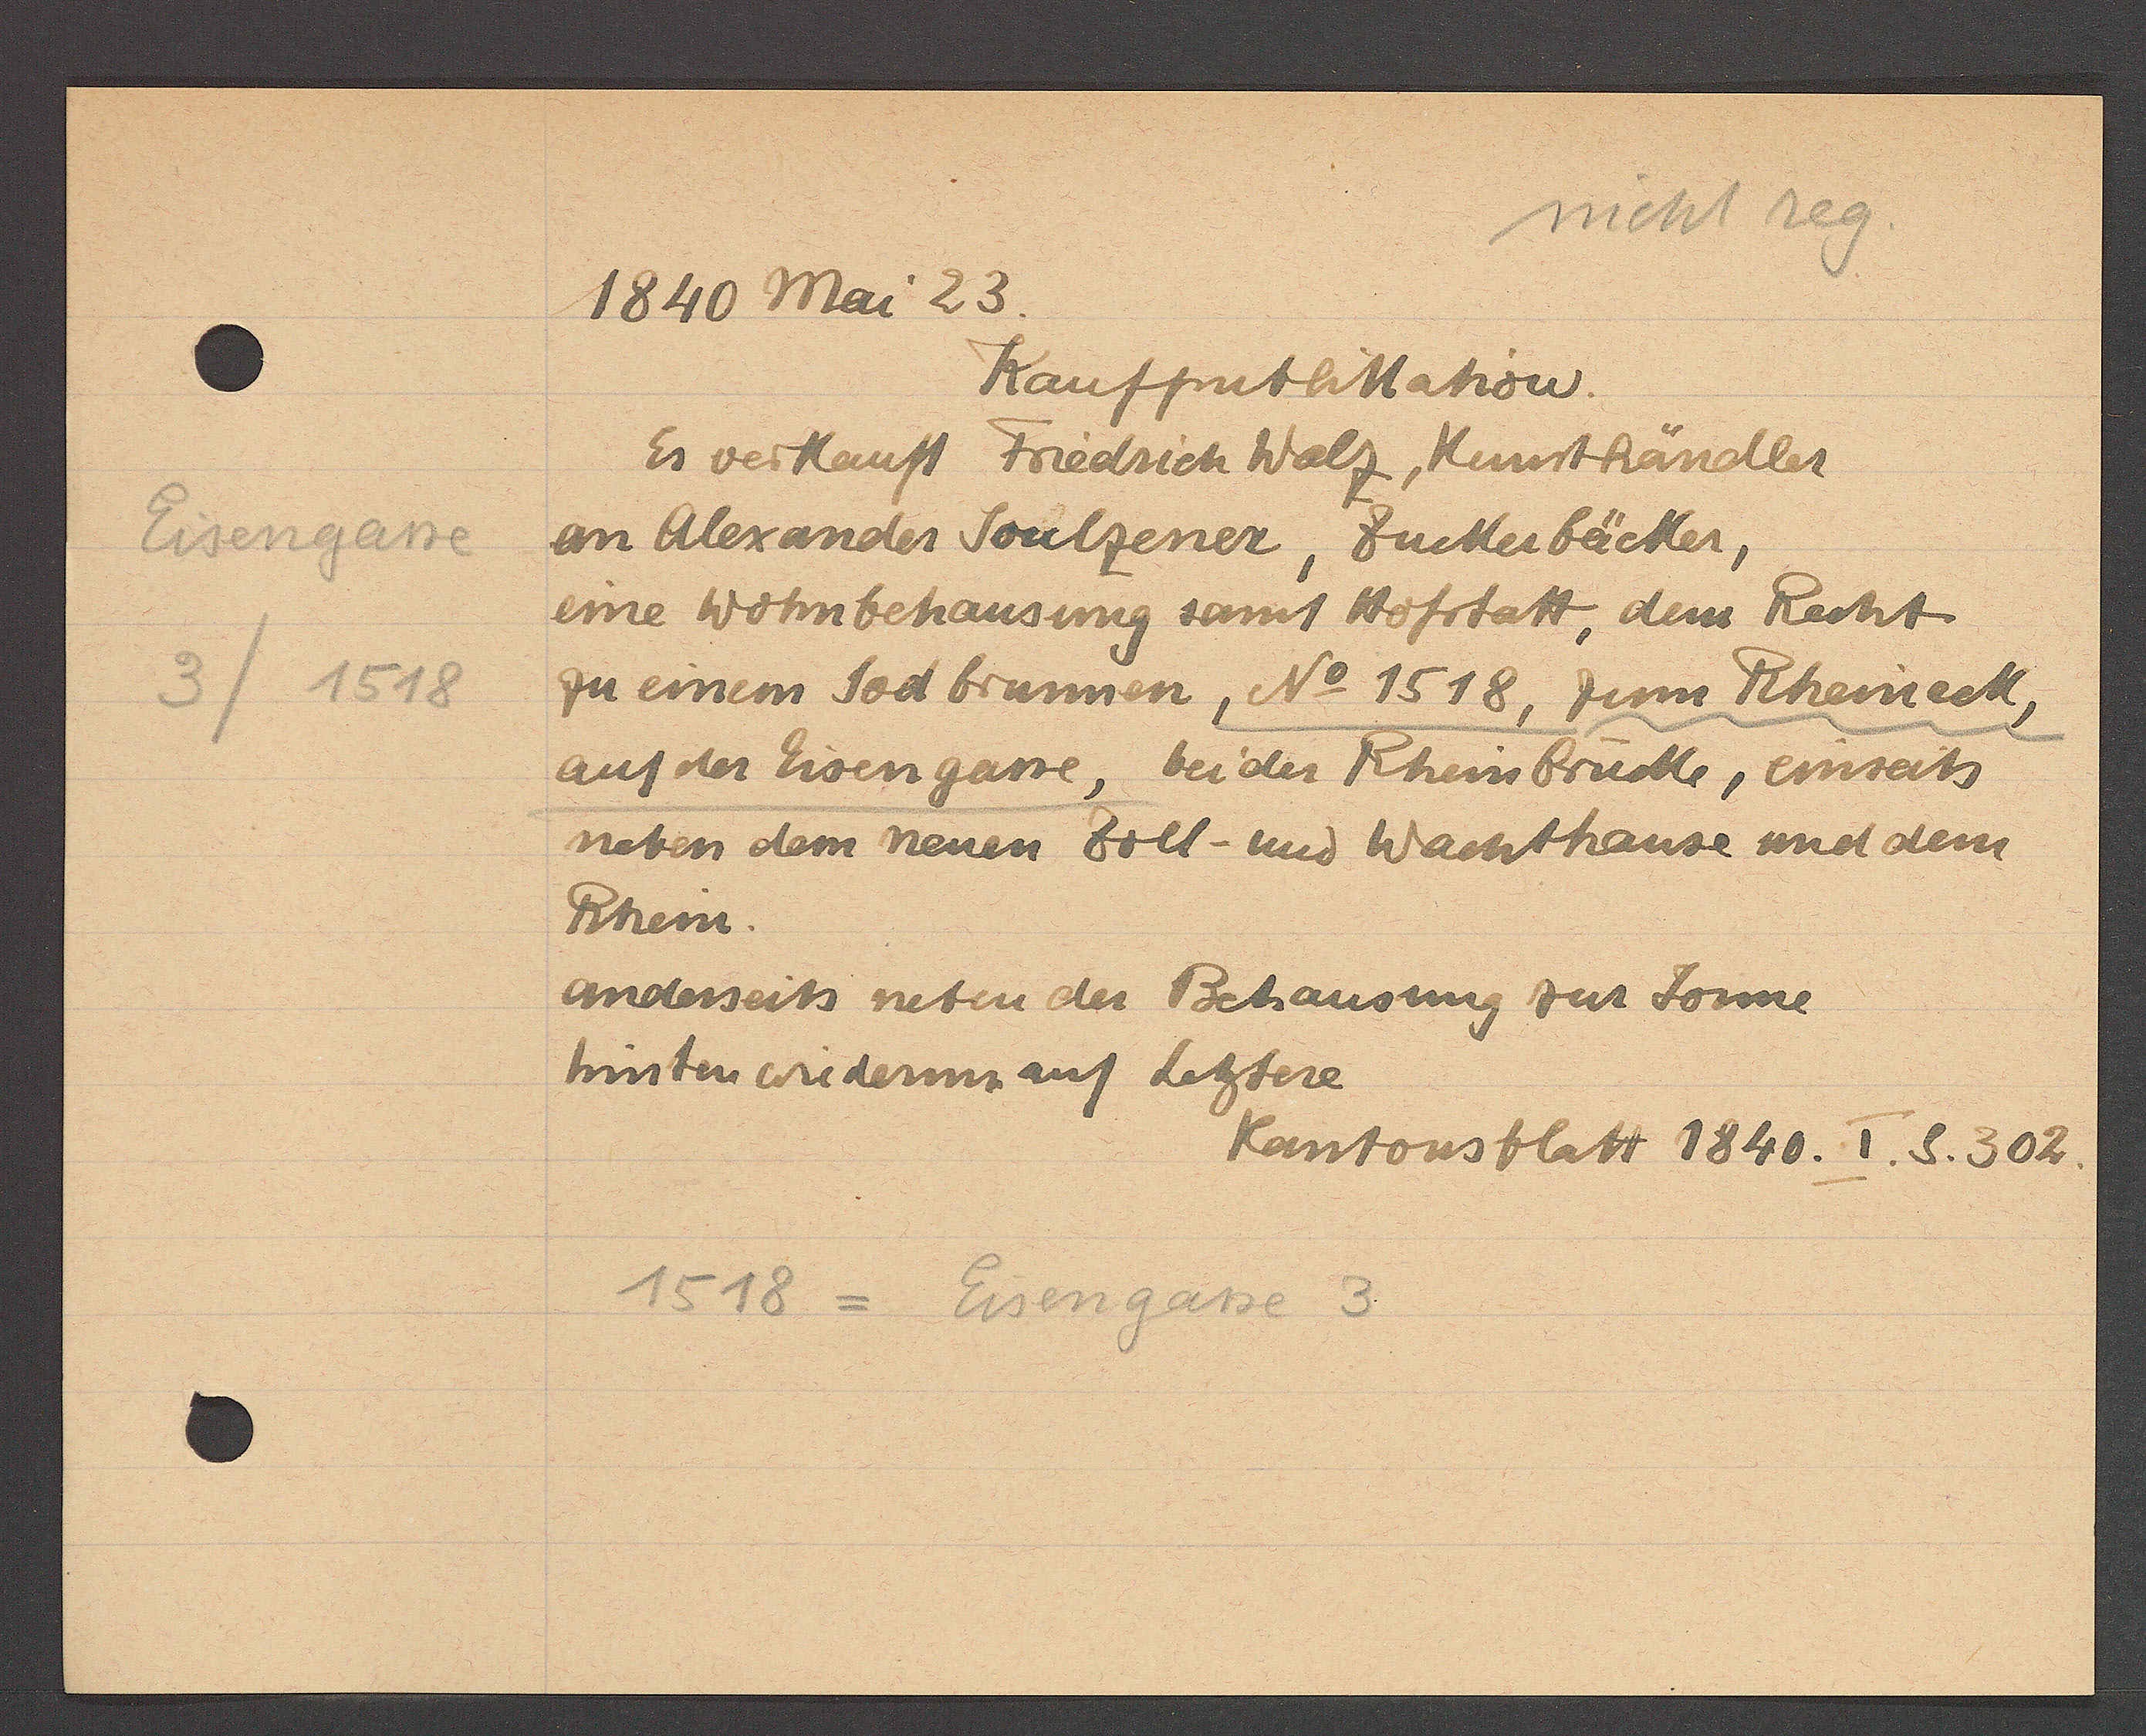
Transcript:
Eisengasse
3 / 1518

1840 Mai 23.

Kaufpublikation.
Es verkauft Friedrich Walz, Kunsthändler
an Alexander Soulzener, Zuckerbäcker,
eine Wohnbehausung samt Hofstatt, dem Recht
zu einem Sodbrunnen, No 1518, zum Rheineck,
auf der Eisengasse, bei der Rheinbrücke, einseits
neben dem neuen Zoll- und Wachthause und dem
Rhein.
anderseits neben der Behausung zur Sonne
hinten wiederum auf Letztere

Kantonsblatt 1840. I. S. 302

1518 = Eisengasse 3